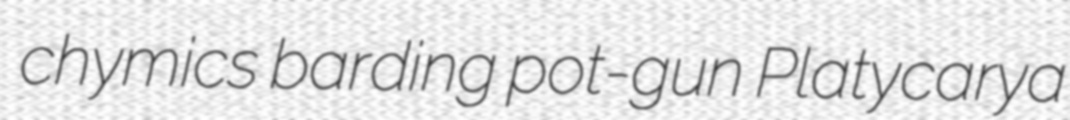
chymics barding pot-gun Platycarya